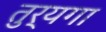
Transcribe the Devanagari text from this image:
तुर्यगा